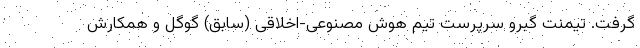
گرفت. تیمنت گبرو سرپرست تیم هوش مصنوعی-اخلاقی (سابق) گوگل و همکارش